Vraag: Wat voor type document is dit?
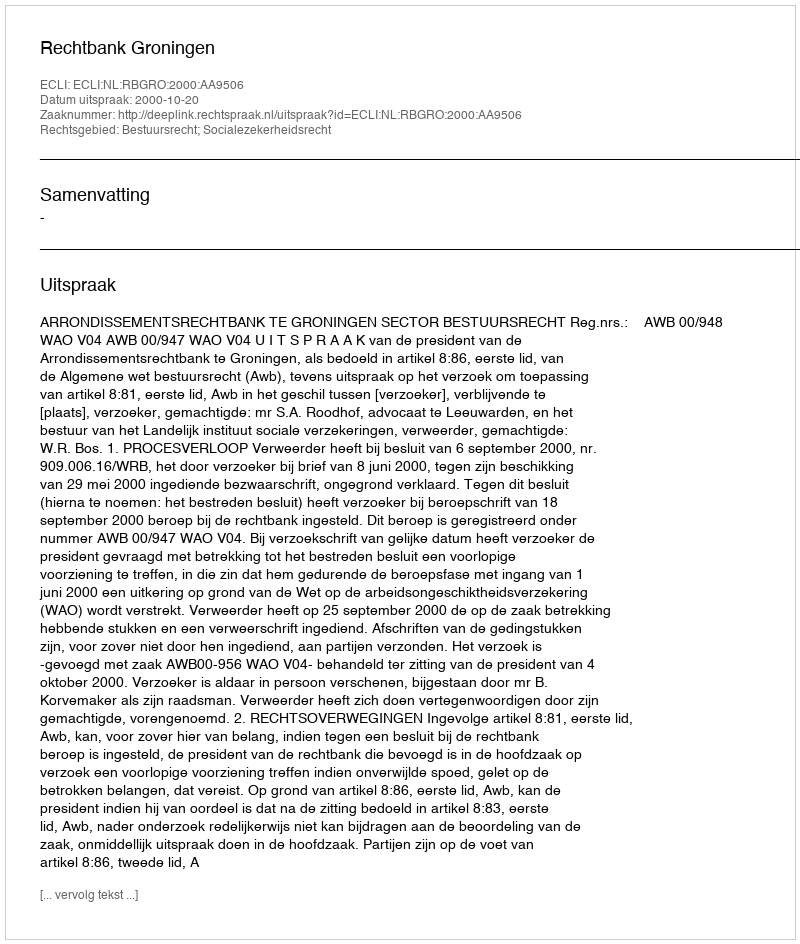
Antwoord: Uitspraak